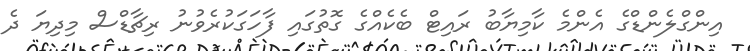
އިންގްލެންޑްގެ އެންމެ ކާމިޔާބު ރައިޓް ބެކެއްގެ ގޮތުގައި ފާހަގަކުރެވުނު ރިޗާޑްސް މިދިޔަ ދެ